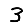
Digit: 3